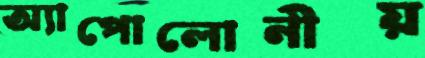
অ্যাপোলোনীয়